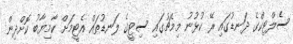
ސެލްޓިކްގެ ދަނޑުގައި ރޭ ކުޅުނު މިމެޗުގައި ސިޓީގެ ލަނޑުތައް އެޓީމަށް ކާމިޔާބު ކޮށްދިން